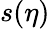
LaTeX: s(\eta)